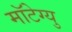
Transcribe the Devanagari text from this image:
मॉटेग्यु